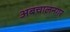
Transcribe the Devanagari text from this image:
अबचालनगर